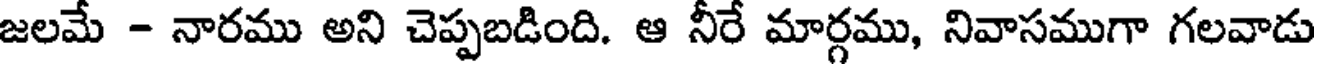
జలమే - నారము అని చెప్పబడింది. ఆ నీరే మార్గము, నివాసముగా గలవాడు